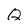
Character: Q